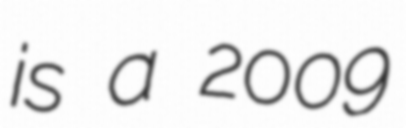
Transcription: is a 2009